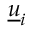
\underline { { u } } _ { i }